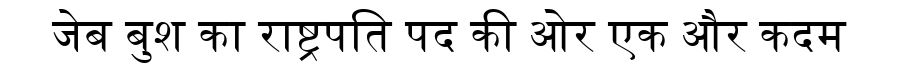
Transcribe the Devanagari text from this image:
जेब बुश का राष्ट्रपति पद की ओर एक और कदम